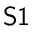
\mathsf { S 1 }